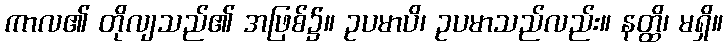
ကာလ၏ တိုလျသည်၏ အဖြစ်၌။ ဥပမာပိ၊ ဥပမာသည်လည်း။ နတ္ထိ၊ မရှိ။